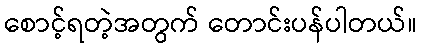
စောင့်ရတဲ့အတွက် တောင်းပန်ပါတယ်။